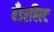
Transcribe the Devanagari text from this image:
वँडरबिल्ट